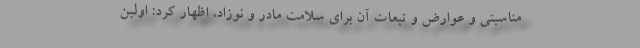
مناسبتی و عوارض و تبعات آن برای سلامت مادر و نوزاد، اظهار کرد: اولین